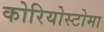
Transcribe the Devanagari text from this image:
कोरियोस्टोमा